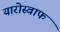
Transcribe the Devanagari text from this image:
यारोस्वाफ